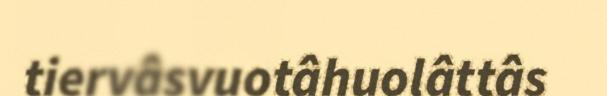
tiervâsvuotâhuolâttâs